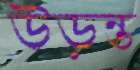
উড়ন্ত